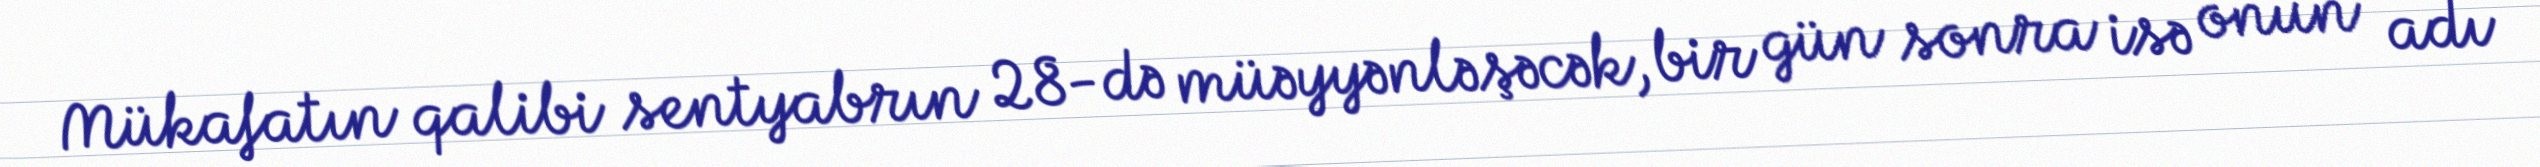
Mükafatın qalibi sentyabrın 28-də müəyyənləşəcək, bir gün sonra isə onun adı